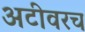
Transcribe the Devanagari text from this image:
अटीवरच